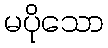
မပိုသော